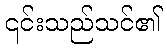
၎င်းသည်သင်၏